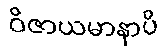
ဝိဇာယမာနာပိ